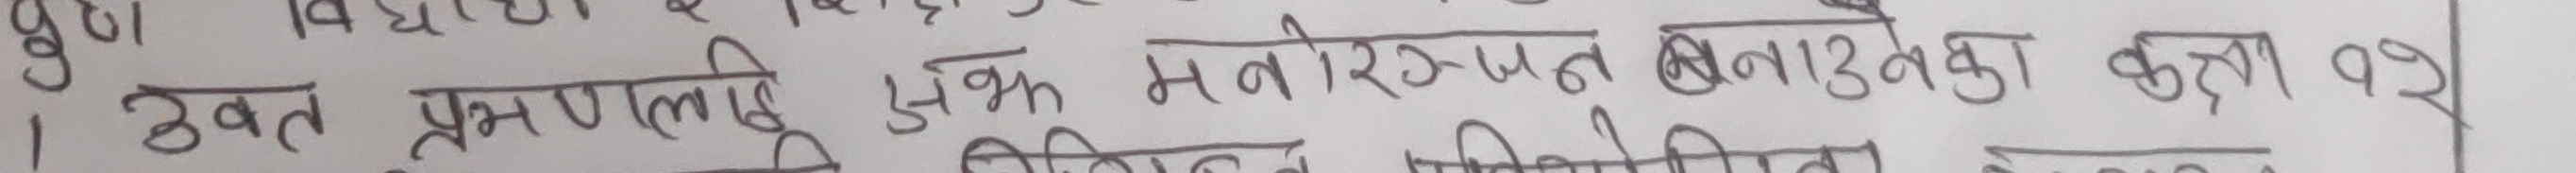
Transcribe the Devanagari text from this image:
उक्त प्रस्णलाई एक मनोरजन बनाउनका कृत्या १ २